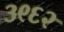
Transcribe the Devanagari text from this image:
३९६२